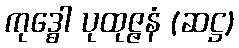
ကုဒ္ဓေါ ပုထုဇ္ဇနံ (ဆဋ္ဌ)